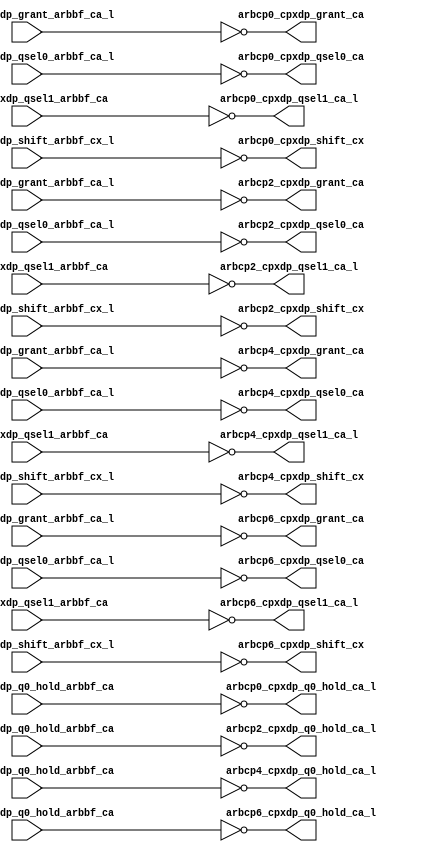
module cpx_buf_pm_even(/*AUTOARG*/
   // Outputs
   arbcp0_cpxdp_grant_ca, arbcp0_cpxdp_q0_hold_ca_l, 
   arbcp0_cpxdp_qsel0_ca, arbcp0_cpxdp_qsel1_ca_l, 
   arbcp0_cpxdp_shift_cx, arbcp2_cpxdp_grant_ca, 
   arbcp2_cpxdp_q0_hold_ca_l, arbcp2_cpxdp_qsel0_ca, 
   arbcp2_cpxdp_qsel1_ca_l, arbcp2_cpxdp_shift_cx, 
   arbcp4_cpxdp_grant_ca, arbcp4_cpxdp_q0_hold_ca_l, 
   arbcp4_cpxdp_qsel0_ca, arbcp4_cpxdp_qsel1_ca_l, 
   arbcp4_cpxdp_shift_cx, arbcp6_cpxdp_grant_ca, 
   arbcp6_cpxdp_q0_hold_ca_l, arbcp6_cpxdp_qsel0_ca, 
   arbcp6_cpxdp_qsel1_ca_l, arbcp6_cpxdp_shift_cx, 
   // Inputs
   arbcp0_cpxdp_grant_arbbf_ca_l, arbcp0_cpxdp_q0_hold_arbbf_ca, 
   arbcp0_cpxdp_qsel0_arbbf_ca_l, arbcp0_cpxdp_qsel1_arbbf_ca, 
   arbcp0_cpxdp_shift_arbbf_cx_l, arbcp2_cpxdp_grant_arbbf_ca_l, 
   arbcp2_cpxdp_q0_hold_arbbf_ca, arbcp2_cpxdp_qsel0_arbbf_ca_l, 
   arbcp2_cpxdp_qsel1_arbbf_ca, arbcp2_cpxdp_shift_arbbf_cx_l, 
   arbcp4_cpxdp_grant_arbbf_ca_l, arbcp4_cpxdp_q0_hold_arbbf_ca, 
   arbcp4_cpxdp_qsel0_arbbf_ca_l, arbcp4_cpxdp_qsel1_arbbf_ca, 
   arbcp4_cpxdp_shift_arbbf_cx_l, arbcp6_cpxdp_grant_arbbf_ca_l, 
   arbcp6_cpxdp_q0_hold_arbbf_ca, arbcp6_cpxdp_qsel0_arbbf_ca_l, 
   arbcp6_cpxdp_qsel1_arbbf_ca, arbcp6_cpxdp_shift_arbbf_cx_l
   );

   output 		arbcp0_cpxdp_grant_ca		;	
   output 		arbcp0_cpxdp_q0_hold_ca_l		;
   output 		arbcp0_cpxdp_qsel0_ca		;	
   output 		arbcp0_cpxdp_qsel1_ca_l		;	
   output 		arbcp0_cpxdp_shift_cx		;	

   output 		arbcp2_cpxdp_grant_ca		;	
   output 		arbcp2_cpxdp_q0_hold_ca_l		;
   output 		arbcp2_cpxdp_qsel0_ca		;	
   output 		arbcp2_cpxdp_qsel1_ca_l		;	
   output 		arbcp2_cpxdp_shift_cx		;	

   output 		arbcp4_cpxdp_grant_ca		;	
   output 		arbcp4_cpxdp_q0_hold_ca_l		;
   output 		arbcp4_cpxdp_qsel0_ca		;	
   output 		arbcp4_cpxdp_qsel1_ca_l		;	
   output 		arbcp4_cpxdp_shift_cx		;	

   output 		arbcp6_cpxdp_grant_ca		;	
   output 		arbcp6_cpxdp_q0_hold_ca_l		;
   output 		arbcp6_cpxdp_qsel0_ca		;	
   output 		arbcp6_cpxdp_qsel1_ca_l		;	
   output 		arbcp6_cpxdp_shift_cx		;	


   input 		arbcp0_cpxdp_grant_arbbf_ca_l;	
   input 		arbcp0_cpxdp_q0_hold_arbbf_ca;
   input 		arbcp0_cpxdp_qsel0_arbbf_ca_l;	
   input 		arbcp0_cpxdp_qsel1_arbbf_ca;	
   input 		arbcp0_cpxdp_shift_arbbf_cx_l;	

   input 		arbcp2_cpxdp_grant_arbbf_ca_l;	
   input 		arbcp2_cpxdp_q0_hold_arbbf_ca;
   input 		arbcp2_cpxdp_qsel0_arbbf_ca_l;	
   input 		arbcp2_cpxdp_qsel1_arbbf_ca;	
   input 		arbcp2_cpxdp_shift_arbbf_cx_l;	

   input 		arbcp4_cpxdp_grant_arbbf_ca_l;	
   input 		arbcp4_cpxdp_q0_hold_arbbf_ca;
   input 		arbcp4_cpxdp_qsel0_arbbf_ca_l;	
   input 		arbcp4_cpxdp_qsel1_arbbf_ca;	
   input 		arbcp4_cpxdp_shift_arbbf_cx_l;	

   input 		arbcp6_cpxdp_grant_arbbf_ca_l;	
   input 		arbcp6_cpxdp_q0_hold_arbbf_ca;
   input 		arbcp6_cpxdp_qsel0_arbbf_ca_l;	
   input 		arbcp6_cpxdp_qsel1_arbbf_ca;	
   input 		arbcp6_cpxdp_shift_arbbf_cx_l;	


   assign		arbcp0_cpxdp_grant_ca	   =        ~arbcp0_cpxdp_grant_arbbf_ca_l;      	
   assign		arbcp0_cpxdp_q0_hold_ca_l  =        ~arbcp0_cpxdp_q0_hold_arbbf_ca;  
   assign		arbcp0_cpxdp_qsel0_ca	   =        ~arbcp0_cpxdp_qsel0_arbbf_ca_l;      
   assign		arbcp0_cpxdp_qsel1_ca_l	   =        ~arbcp0_cpxdp_qsel1_arbbf_ca;    
   assign		arbcp0_cpxdp_shift_cx	   =        ~arbcp0_cpxdp_shift_arbbf_cx_l;      
								                                                   
								                                                   
   assign		arbcp2_cpxdp_grant_ca	   =        ~arbcp2_cpxdp_grant_arbbf_ca_l;      	
   assign		arbcp2_cpxdp_q0_hold_ca_l  =        ~arbcp2_cpxdp_q0_hold_arbbf_ca;  
   assign		arbcp2_cpxdp_qsel0_ca	   =        ~arbcp2_cpxdp_qsel0_arbbf_ca_l;      
   assign		arbcp2_cpxdp_qsel1_ca_l	   =        ~arbcp2_cpxdp_qsel1_arbbf_ca;    
   assign		arbcp2_cpxdp_shift_cx	   =        ~arbcp2_cpxdp_shift_arbbf_cx_l;      
								                                                   
   assign		arbcp4_cpxdp_grant_ca	   =        ~arbcp4_cpxdp_grant_arbbf_ca_l;      	
   assign		arbcp4_cpxdp_q0_hold_ca_l  =        ~arbcp4_cpxdp_q0_hold_arbbf_ca;  
   assign		arbcp4_cpxdp_qsel0_ca	   =        ~arbcp4_cpxdp_qsel0_arbbf_ca_l;      
   assign		arbcp4_cpxdp_qsel1_ca_l	   =        ~arbcp4_cpxdp_qsel1_arbbf_ca;    
   assign		arbcp4_cpxdp_shift_cx	   =        ~arbcp4_cpxdp_shift_arbbf_cx_l;      
								                                                   
   assign		arbcp6_cpxdp_grant_ca	   =        ~arbcp6_cpxdp_grant_arbbf_ca_l;      	
   assign		arbcp6_cpxdp_q0_hold_ca_l  =        ~arbcp6_cpxdp_q0_hold_arbbf_ca;  
   assign		arbcp6_cpxdp_qsel0_ca	   =        ~arbcp6_cpxdp_qsel0_arbbf_ca_l;      
   assign		arbcp6_cpxdp_qsel1_ca_l	   =        ~arbcp6_cpxdp_qsel1_arbbf_ca;    
   assign		arbcp6_cpxdp_shift_cx	   =        ~arbcp6_cpxdp_shift_arbbf_cx_l;         
								                                                   
   

endmodule